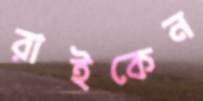
রাইকেন